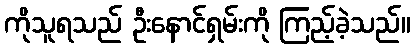
ကိုသူရသည် ဦးနောင်ရှမ်းကို ကြည့်ခဲ့သည်။